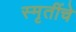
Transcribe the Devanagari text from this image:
स्मृतींचे